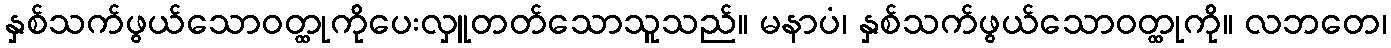
နှစ်သက်ဖွယ်သောဝတ္ထုကိုပေးလှူတတ်သောသူသည်။ မနာပံ၊ နှစ်သက်ဖွယ်သောဝတ္ထုကို။ လဘတေ၊